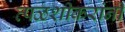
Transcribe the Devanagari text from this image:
त्पळशीकरांनी